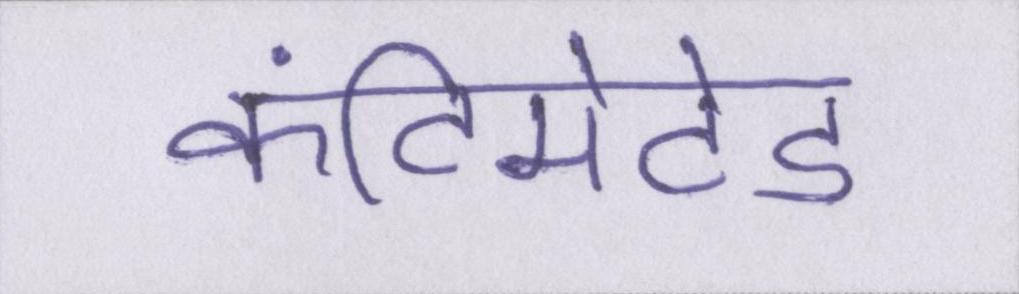
कंटिमेटेड